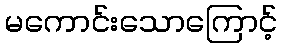
မကောင်းသောကြောင့်